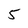
Character: 5